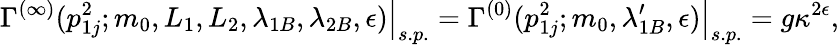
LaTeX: \left.\Gamma^{(\infty)}(p_{1j}^{2};m_{0},L_{1},L_{2},\lambda_{1B},\lambda_{2B},\epsilon)\right|_{s.p.}=\left.\Gamma^{(0)}(p_{1j}^{2};m_{0},\lambda_{1B}^{\prime},\epsilon)\right|_{s.p.}=g\kappa^{2\epsilon},